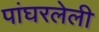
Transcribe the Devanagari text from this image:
पांघरलेली